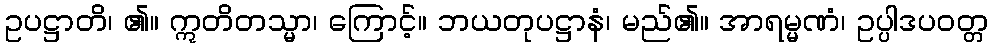
ဥပဋ္ဌာတိ၊ ၏။ ဣတိတသ္မာ၊ ကြောင့်။ ဘယတုပဋ္ဌာနံ၊ မည်၏။ အာရမ္မဏံ၊ ဥပ္ပါဒပဝတ္တ